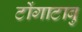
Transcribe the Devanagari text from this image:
टोंगाटाबु